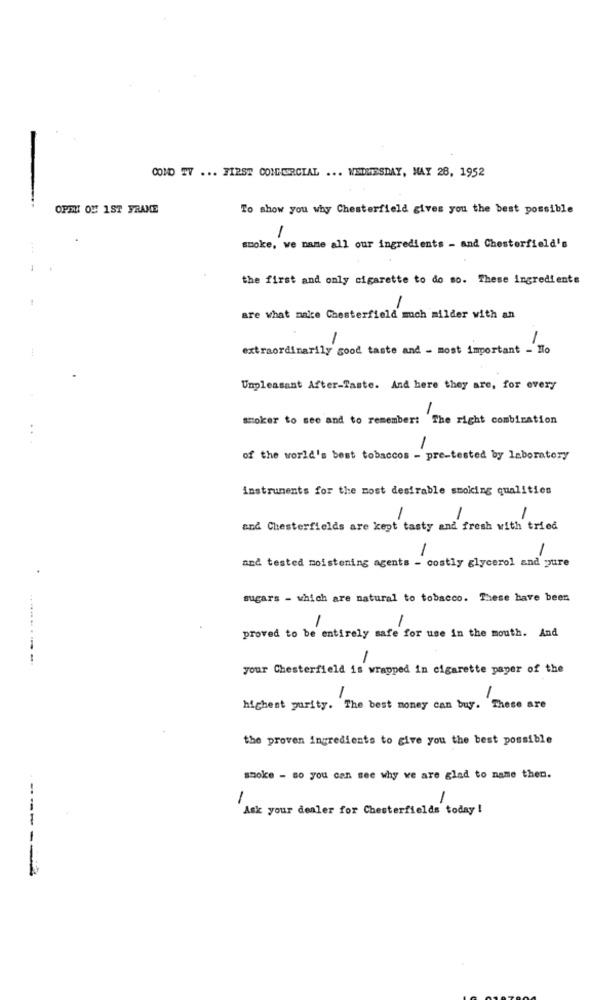
COMO TV ... FIRST COMMERCIAL ... WEILESDAY, MAY 28, 1952
-
OPEL OM 1ST FRANCE
To show you why Chesterfield gives you the best possible
1
smoke, we name all our ingredients - and Chesterfield's
the first and only cigarette to do so. These ingredients
are what naice Chesterfield much milder with an
-
extraordinarily good taste and - most important - Ho
Unpleasant After-Taste. And here they are, for every
-
smoker to see and to remember: The right combination
of the world's best tobaccos - pre-tested by laboratory
instruments for the most desirable smoking qualities
-
-
and Chesterfields are kept tasty and fresh with tried
1
and tested moistening agents - costly glycerol and pure
sugars - which are natural to tobacco. These have been
proved to be entirely safe for use in the mouth. And
your Chesterfield is wrapped in cigarette payer of the
highest purity. The best money can buy. These are
the proven ingredients to give you the best possible
smoke - so you can see why we are glad to name then.
1
Ask your dealer for Chesterfields today !
-----